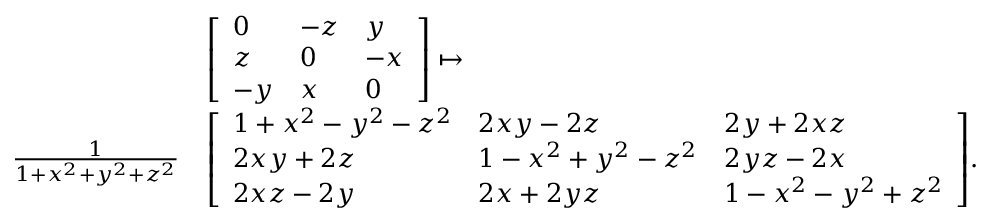
{ \begin{array} { r l } & { { \left[ \begin{array} { l l l } { 0 } & { - z } & { y } \\ { z } & { 0 } & { - x } \\ { - y } & { x } & { 0 } \end{array} \right] } \mapsto } \\ { \quad { \frac { 1 } { 1 + x ^ { 2 } + y ^ { 2 } + z ^ { 2 } } } } & { { \left[ \begin{array} { l l l } { 1 + x ^ { 2 } - y ^ { 2 } - z ^ { 2 } } & { 2 x y - 2 z } & { 2 y + 2 x z } \\ { 2 x y + 2 z } & { 1 - x ^ { 2 } + y ^ { 2 } - z ^ { 2 } } & { 2 y z - 2 x } \\ { 2 x z - 2 y } & { 2 x + 2 y z } & { 1 - x ^ { 2 } - y ^ { 2 } + z ^ { 2 } } \end{array} \right] } . } \end{array} }